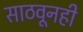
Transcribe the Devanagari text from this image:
साठवूनही